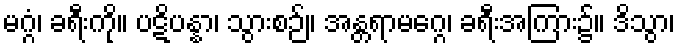
မဂ္ဂံ၊ ခရီးကို။ ပဋိပန္နာ၊ သွားစဉ်။ အန္တရာမဂ္ဂေ၊ ခရီးအကြား၌။ ဒိသွာ၊